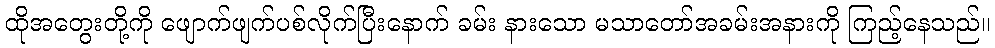
ထိုအတွေးတို့ကို ဖျောက်ဖျက်ပစ်လိုက်ပြီးနောက် ခမ်း နားသော မသာတော်အခမ်းအနားကို ကြည့်နေသည်။